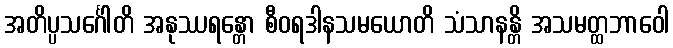
အတိပ္ပသင်္ဂေါတိ အနုဿရန္တော စီဝရဒါနသမယောတိ သံသာနန္တိ အသမတ္ထဘာဝေါ